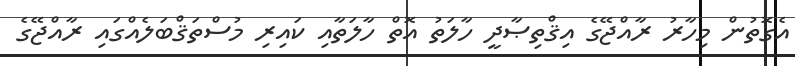
އެގޮތުން މިހާރު ރާއްޖޭގެ އިޤްތިޞާދީ ހާލަތު އޮތް ހާލަތާއި ކައިރި މުސްތަޤްބަލެއްގައި ރާއްޖޭގެ